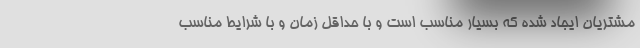
مشتریان ایجاد شده که بسیار مناسب است و با حداقل زمان و با شرایط مناسب